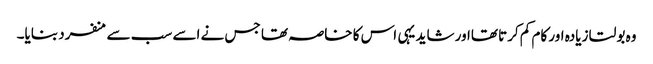
وہ بولتا زیادہ اور کام کم کرتا تھااور شاید یہی اس کا خاصہ تھا جس نے اسے سب سے منفرد بنایا۔